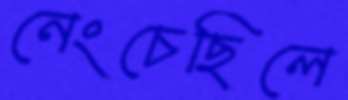
নেংচেছিলে